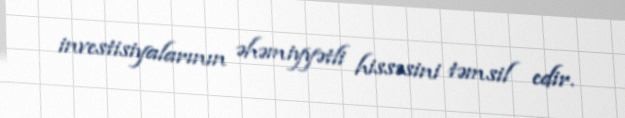
investisiyalarının əhəmiyyətli hissəsini təmsil edir.